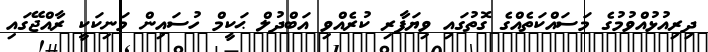
ދިރިއުޅުއްވުމުގެ މަސައްކަތެއްގެ ގޮތުގައި ވިޔަފާރި ކުރެއްވި އަބްދުލް ޙަކީމް ހުސައިން މަނިކަކީ ރާއްޖޭގައި